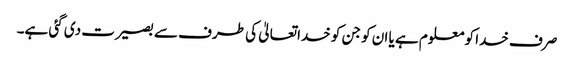
صرف خدا کو معلوم ہے یا ان کو جن کو خداتعالیٰ کی طرف سے بصیرت دی گئی ہے۔